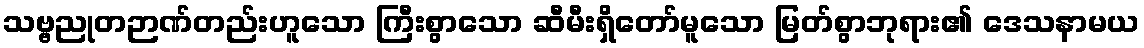
သဗ္ဗညုတဉာဏ်တည်းဟူသော ကြီးစွာသော ဆီမီးရှိတော်မူသော မြတ်စွာဘုရား၏ ဒေသနာမယ